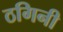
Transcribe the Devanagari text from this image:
ठगिनी